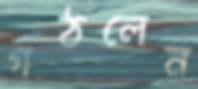
গঠলেন